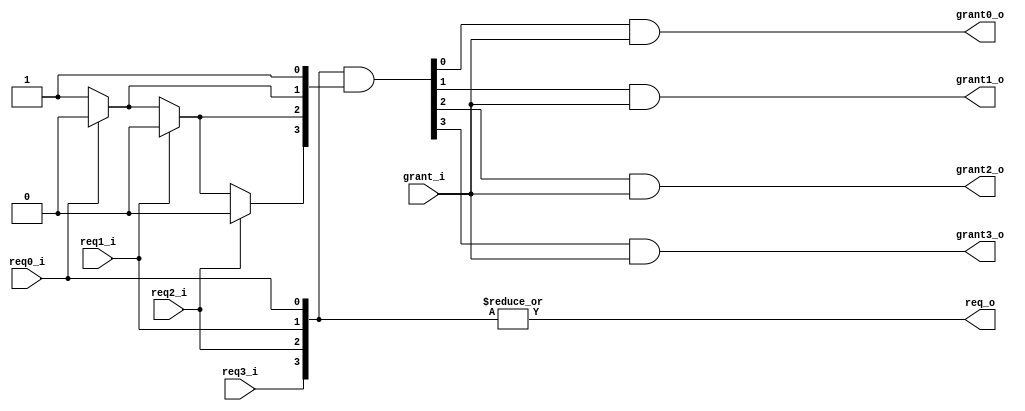
module sel_quard(
    input wire req0_i,
    input wire req1_i,
    input wire req2_i,
    input wire req3_i,

    /* The grant signal coming in from the next stage of the select tree */
    input wire grant_i,

    output wire grant0_o,
    output wire grant1_o,
    output wire grant2_o,
    output wire grant3_o,
    /* OR of the request signals, used as req_i for next stage of the select tree */
    output wire req_o
);

wire [3:0] req;
wire [3:0] grant;
reg  [3:0] mask;

/* Code to deal with vectors instead of individual wires */
assign req   = {req3_i, req2_i, req1_i, req0_i};
assign req_o = |req;

/* Gate the current grant output with the grant_i from the next stage of the select tree */
assign grant0_o = grant[0] & grant_i;
assign grant1_o = grant[1] & grant_i;
assign grant2_o = grant[2] & grant_i;
assign grant3_o = grant[3] & grant_i;

integer j;
always @ *
begin: encoder 
    mask[0] = 1'b1;
    for(j=1; j<4; j=j+1)
    begin
        if(req[j-1] == 1'b1)
            mask[j] = 0;
        else
            mask[j] = mask[j-1];
    end
end
assign grant = req & mask;

endmodule